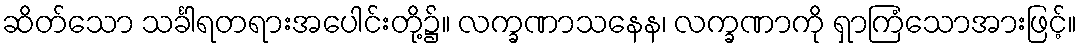
ဆိတ်သော သင်္ခါရတရားအပေါင်းတို့၌။ လက္ခဏာသနေန၊ လက္ခဏာကို ရှာကြံသောအားဖြင့်။